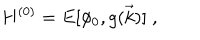
H ^ { ( 0 ) } = E [ \phi _ { 0 } , g ( \vec { k } ) ] \; ,